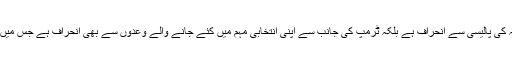
صدر ٹرمپ کی جانب سے افغانستان میں مزید فوج بھیجنے کا فیصلہ نہ صرف سابق صدر اوبامہ کی پالیسی سے انحراف ہے بلکہ ٹرمپ کی جانب سے اپنی انتخابی مہم میں کئے جانے والے وعدوں سے بھی انحراف ہے جس میں انہوں نے امریکی فوج کو غیر ملکی تنازعات میں الجھنے سے باز رکھنے کا عزم ظاہر کیا تھا۔